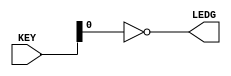
module test_board (KEY, LEDG);
	input [3:0] KEY;
	output [8:0] LEDG;
	
	assign LEDG = ~KEY[0];
	
endmodule